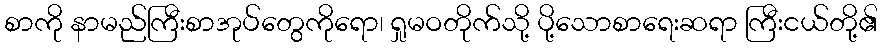
စာကို နာမည်ကြီးစာအုပ်တွေကိုရော၊ ရှုမဝတိုက်သို့ ပို့သောစာရေးဆရာ ကြီးငယ်တို့၏